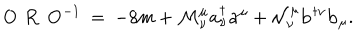
{ \mathbf O } \, \, { \mathbf R } \, \, { \mathbf O } ^ { - 1 } \: = \: - 8 m + { \cal M } _ { \nu } ^ { \mu } { \mathbf a } _ { \nu } ^ { \dagger } { \mathbf a } ^ { \mu } + { \cal N } _ { \nu } ^ { \mu } { \mathbf b } ^ { \dagger \nu } { \mathbf b } _ { \mu } .